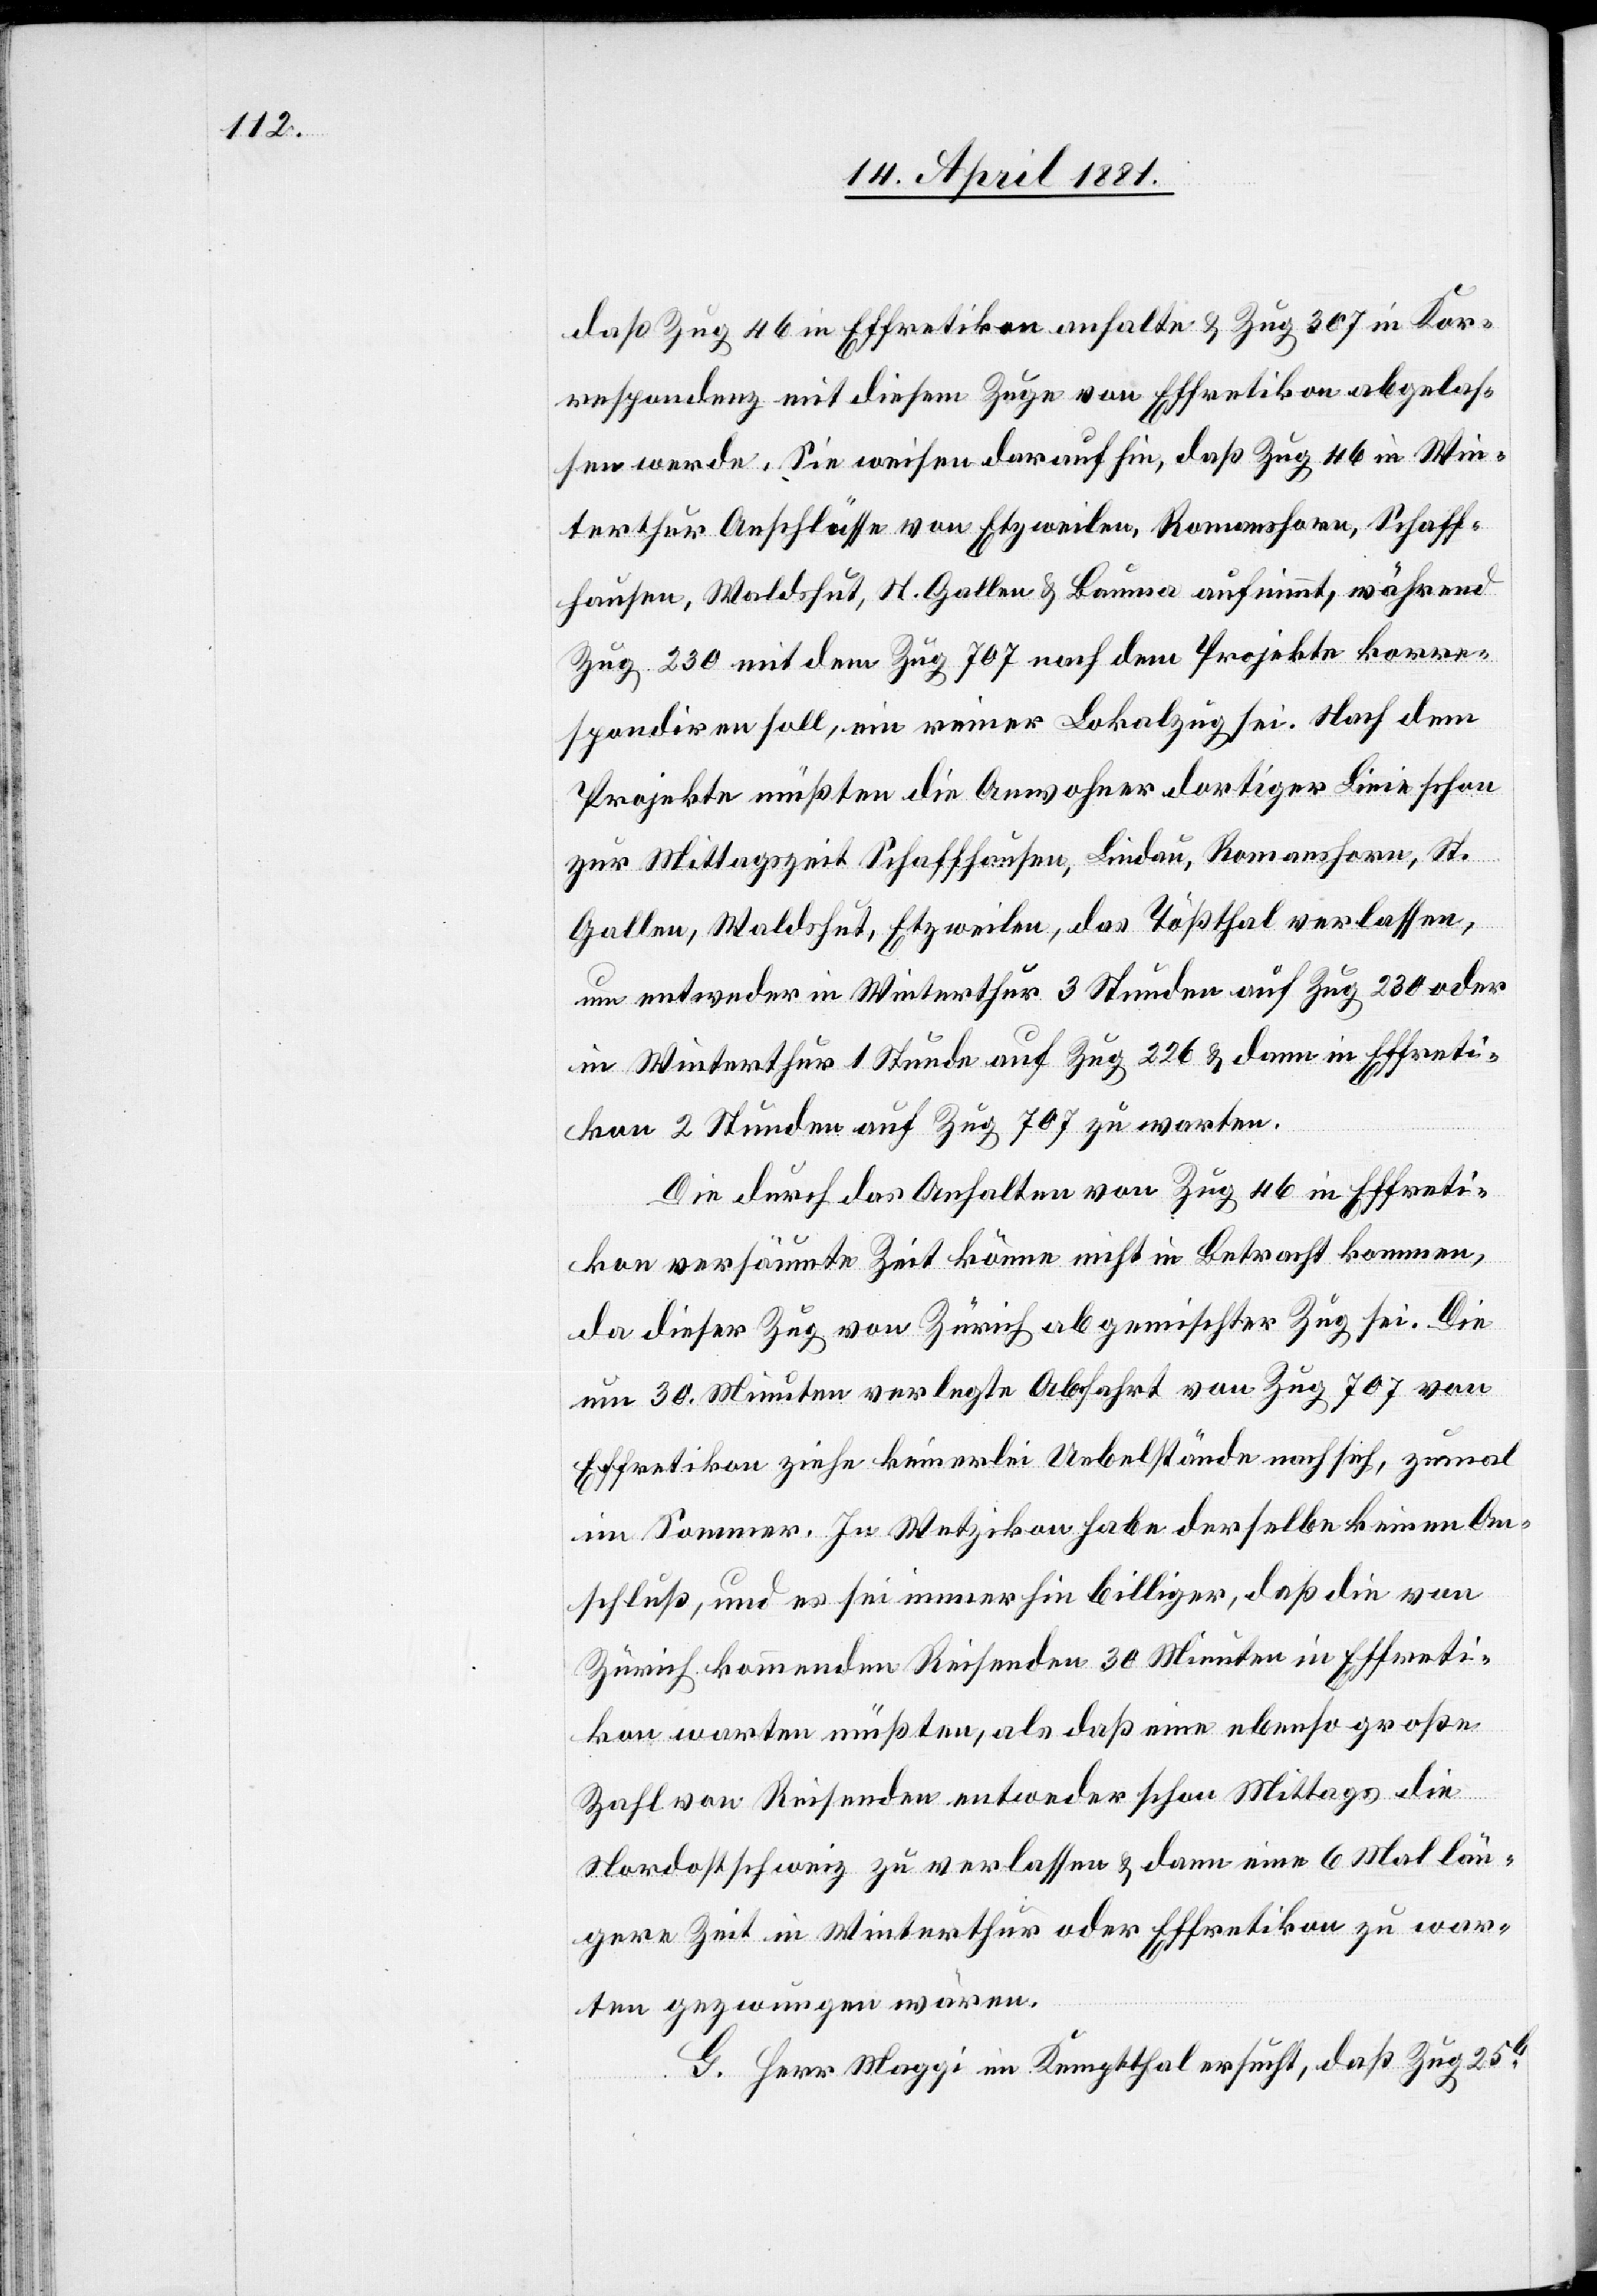
daß Zug 46 in Effretikon anhalte & Zug 307 in Kor¬
respondenz mit diesem Zuge von Effretikon abgelas¬
sen werde. Sie weisen darauf hin, daß Zug 46 in Win¬
terthur Anschlüsse von Etzweilen, Romanshorn, Schaff¬
hausen, Waldshut, St. Gallen & Bauma aufnimmt, während
Zug 230 mit dem Zug 707 nach dem Projekte korre¬
spondiren soll, ein reiner Lokalzug sei. Nach dem
Projekte müßten die Anwohner dortiger Linie schon
zur Mittagszeit Schaffhausen, Lindau, Romanshorn, St.
Gallen, Waldshut, Etzweilen, das Tößthal verlassen,
um entweder in Winterthur 3 Stunden auf Zug 230 oder
in Winterthur 1 Stunde auf Zug 226 & dann in Effreti¬
kon 2 Stunden auf Zug 707 zu warten.
Die durch das Anhalten von Zug 46 in Effreti¬
kon versäumte Zeit könne nicht in Betracht kommen,
da dieser Zug von Zürich abgemischter Zug sei. Die
um 30. Minuten verlegte Abfahrt von Zug 707 von
Effretikon ziehe keinerlei Uebelstände nach sich, zumal
im Sommer. In Wetzikon habe der selbe keinen An¬
schluß, und es sei immerhin billiger, daß die von
Zürich kommenden Reisenden 30 Minuten in Effreti¬
kon warten müßten, als daß eine ebenso große
Zahl von Reisenden entweder schon Mittags die
Nordostschweiz zu verlassen & dann eine 6 Mal län¬
gere Zeit in Winterthur oder Effretikon zu war¬
ten gezwungen wären.
G. Herr Maggi im Kemptthal ersucht, daß Zug 25b